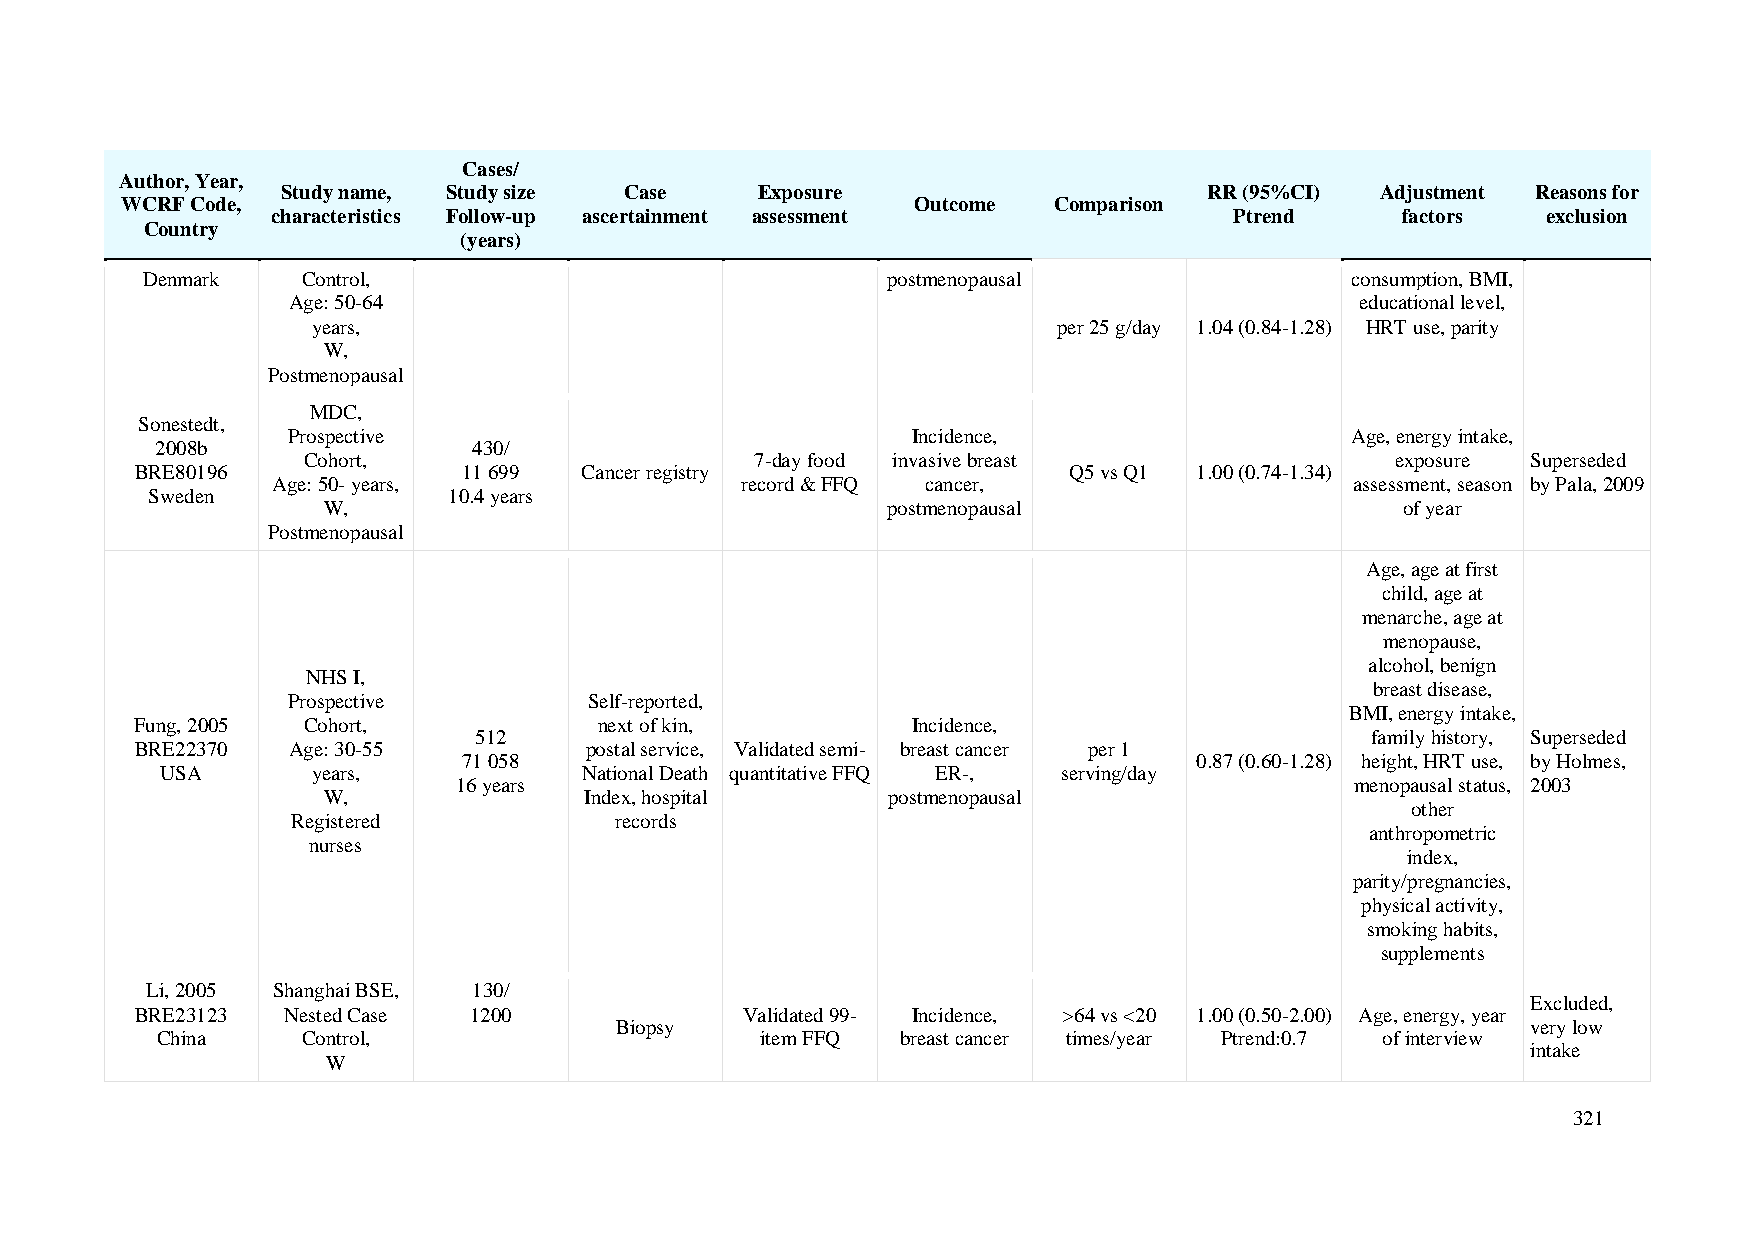
Cases/
 Author, Year,
 Study name, Study size Case    Exposure                      RR (95%CI) Adjustment Reasons for
 WCRF Code,                                           Outcome  Comparison
 characteristics Follow-up ascertainment assessment              Ptrend     factors  exclusion
 Country
 (years)
 Denmark    Control,                               postmenopausal                consumption, BMI,
 Age: 50-64                                                             educational level,
 years,                                           per 25 g/day 1.04 (0.84-1.28) HRT use, parity
 W,
 Postmenopausal
 MDC,
 Sonestedt,
 Prospective                              Incidence,                   Age, energy intake,
 2008b                430/
 Cohort,                       7-day food invasive breast                exposure Superseded
 BRE80196              11 699 Cancer registry                  Q5 vs Q1 1.00 (0.74-1.34)
 Age: 50- years,                record & FFQ cancer,                     assessment, season by Pala, 2009
 Sweden              10.4 years
 W,                                    postmenopausal                    of year
 Postmenopausal
 Age, age at first
 child, age at
 menarche, age at
 menopause,
 alcohol, benign
 NHS I,
 breast disease,
 Prospective         Self-reported,
 BMI, energy intake,
 Fung, 2005 Cohort,             next of kin,        Incidence,
 512                                                         family history, Superseded
 BRE22370  Age: 30-55          postal service, Validated semi- breast cancer per 1
 71 058                                          0.87 (0.60-1.28) height, HRT use, by Holmes,
 USA       years,            National Death quantitative FFQ ER-, serving/day
 16 years                                                    menopausal status, 2003
 W,                Index, hospital     postmenopausal
 other
 Registered            records
 anthropometric
 nurses
 index,
 parity/pregnancies,
 physical activity,
 smoking habits,
 supplements
 Li, 2005 Shanghai BSE, 130/
 Excluded,
 BRE23123  Nested Case 1200              Validated 99- Incidence, >64 vs <20 1.00 (0.50-2.00) Age, energy, year
 Biopsy                                                      very low
 China     Control,                      item FFQ  breast cancer times/year Ptrend:0.7 of interview
 intake
 W
 321